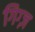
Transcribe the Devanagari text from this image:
गिग्ज़